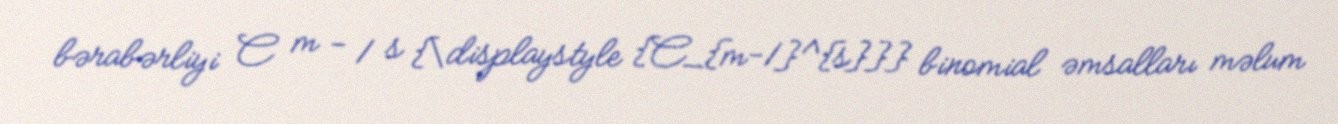
bərabərliyi C m − 1 s {\displaystyle {C_{m-1}^{s}}} binomial əmsalları məlum